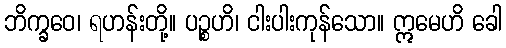
ဘိက္ခဝေ၊ ရဟန်းတို့။ ပဉ္စဟိ၊ ငါးပါးကုန်သော။ ဣမေဟိ ခေါ